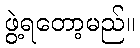
ဖွဲ့ရတော့မည်။